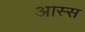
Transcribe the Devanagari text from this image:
आस्स